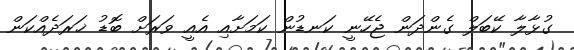
ގުޅާލާ ކޭބަލް ގެންދަން ޖެހޭނީ ކަނޑުން ކަމަށާއި އެއީ ވަރަށް ބޮޑު ޚަރަދެއްކަން